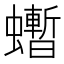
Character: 𧔜